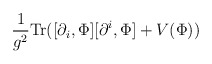
\begin{align*}\frac{1}{g^{2}}{\rm Tr}( [\partial_{i}, \Phi][\partial^{i}, \Phi] + V(\Phi ) )\end{align*}